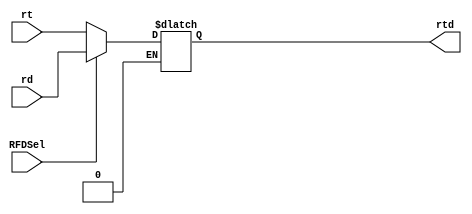
`timescale 1ns / 1ps
//////////////////////////////////////////////////////////////////////////////////
// Company: 
// Engineer: 
// 
// Design Name: 
// Module Name: RFMUX
// Project Name: 
// Target Devices: 
// Tool Versions: 
// Description: 
// 
// Dependencies: 
// 
// Revision:
// Revision 0.01 - File Created
// Additional Comments:
// 
//////////////////////////////////////////////////////////////////////////////////


/// RF MUX ///
module RFMUX(
input RFDSel, 
input [4 : 0] rt,rd,
output reg [4 : 0] rtd //Connects to RFWA
);

always @(RFDSel,rt,rd)begin
    //RFDSel is 1 for R-TYPE instructions
    if(RFDSel == 1'b1)begin
        rtd <= rd;
    end
    
    //RFDSel is 0 for lw 
    else if(RFDSel == 1'b0) begin
        rtd <= rt;
    end

end

endmodule